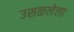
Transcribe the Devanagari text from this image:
उसळलेला